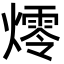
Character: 燯